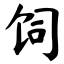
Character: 饲